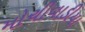
મોચીવાડીયા